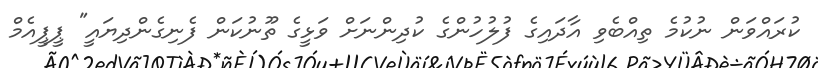
ކުރައްވަން ނުކުމެ ތިއްބެވި އާދައިގެ ފުލުހުންގެ ކުދިންނަށް ވަޅީގެ ތޫނުކަން ފެނިގެންދިޔައީ" ޕީޕީއެމް